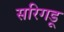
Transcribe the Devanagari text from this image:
सरिगडू